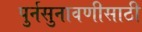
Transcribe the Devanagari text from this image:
पुर्नसुनावणीसाठी